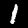
Digit: 1